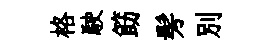
格駛筯髣别